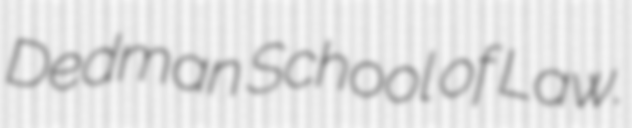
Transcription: Dedman School of Law.